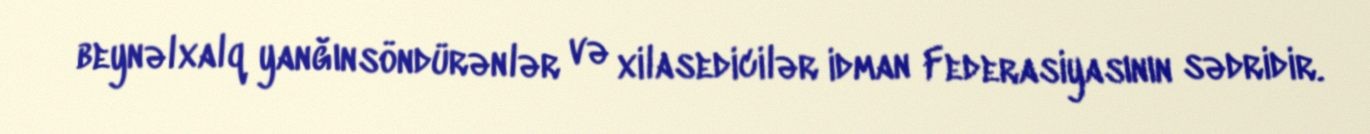
beynəlxalq yanğınsöndürənlər və xilasedicilər idman Federasiyasının sədridir.